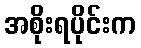
အစိုးရပိုင်းက